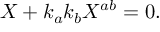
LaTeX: { \cal X } + k _ { a } k _ { b } { \cal X } ^ { a b } = 0 .